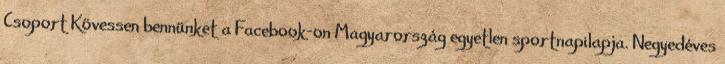
Csoport Kövessen bennünket a Facebook-on Magyarország egyetlen sportnapilapja. Negyedéves